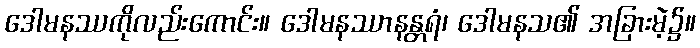
ဒေါမနဿကိုလည်းကောင်း။ ဒေါမနဿာနန္တရံ၊ ဒေါမနသ၏ အခြားမဲ့၌။